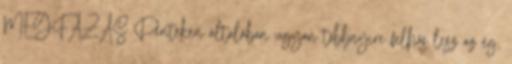
MEGFÁZÁS Pénteken általában ugyan többnyire felhős lesz az ég,